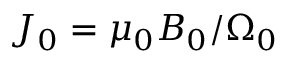
J _ { 0 } = \mu _ { 0 } B _ { 0 } / \Omega _ { 0 }